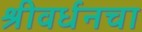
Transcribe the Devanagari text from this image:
श्रीवर्धनचा